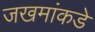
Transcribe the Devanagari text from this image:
जखमांकडे